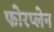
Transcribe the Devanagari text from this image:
फोरप्लेन